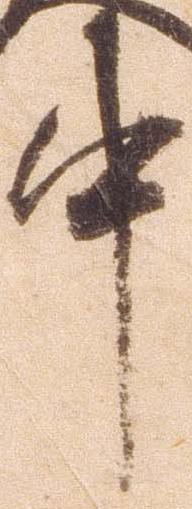
中